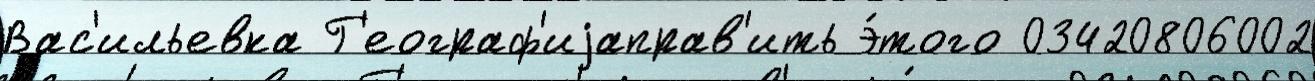
Вас'ильевка Г'еограф'иjаправ'ить э́того 03420806002